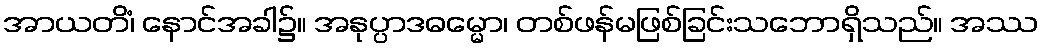
အာယတိံ၊ နောင်အခါ၌။ အနုပ္ပာဒဓမ္မော၊ တစ်ဖန်မဖြစ်ခြင်းသဘောရှိသည်။ အဿ